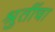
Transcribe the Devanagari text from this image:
श्रुतींचा